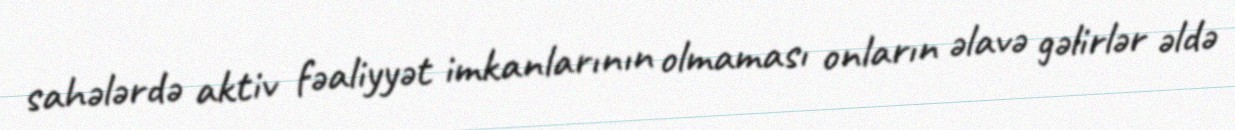
sahələrdə aktiv fəaliyyət imkanlarının olmaması onların əlavə gəlirlər əldə